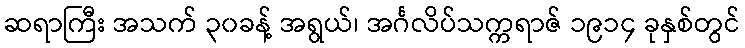
ဆရာကြီး အသက် ၃၀ခန့် အရွယ်၊ အင်္ဂလိပ်သက္ကရာဇ် ၁၉၁၄ ခုနှစ်တွင်